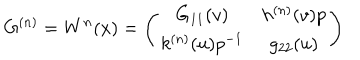
LaTeX: G ^ { ( n ) } = W ^ { n } ( x ) = \left( \begin{array} { c c } { { G _ { 1 1 } ( v ) } } & { { h ^ { ( n ) } ( v ) p } } \\ { { k ^ { ( n ) } ( u ) p ^ { - 1 } } } & { { g _ { 2 2 } ( u ) } } \\ \end{array} \right)